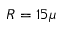
R = 1 5 \mu